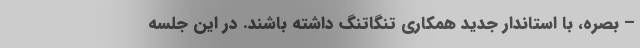
– بصره، با استاندار جدید همکاری تنگاتنگ داشته باشند. در این جلسه